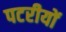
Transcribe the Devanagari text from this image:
पटरीयों